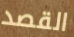
القصد